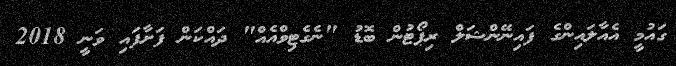
ގައުމީ އެއާލައިންގެ ފައިނޭންޝަލް ރިޕޯޓުން ބޮޑު "ނެގެޓިވްއެއް" ދައްކަން ފަށާފައި ވަނީ 2018